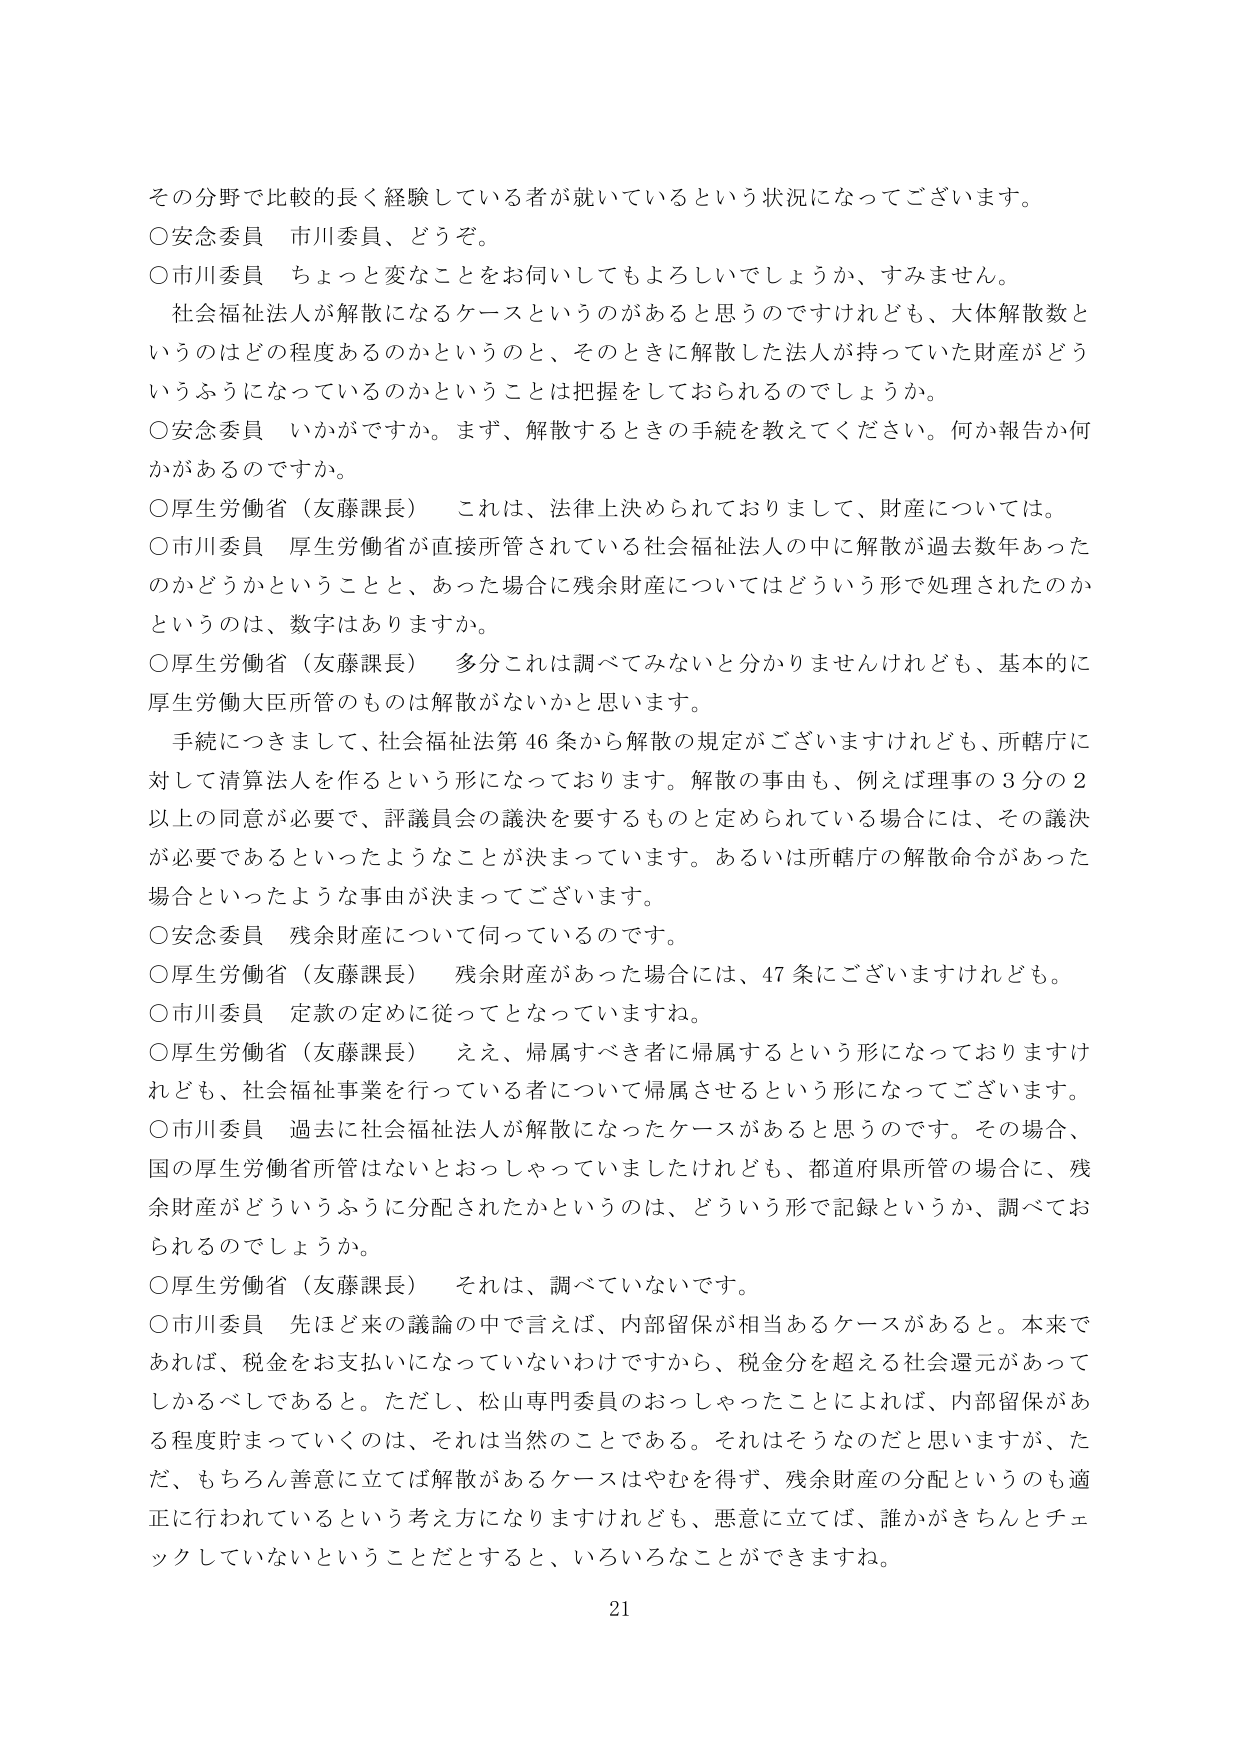
その分野で比較的長く経験している者が就いているという状況になってございます。

○安念委員　市川委員、どうぞ。

○市川委員　ちょっと変なことをお伺いしてもよろしいでしょうか、すみません。
　社会福祉法人が解散になるケースというのがあると思うのですけれども、大体解散数というのはどの程度あるのかというのと、そのときに解散した法人が持っていた財産がどういうふうになっているのかということは把握をしておられるのでしょうか。

○安念委員　いかがですか。まず、解散するときの手続を教えてください。何か報告か何かがあるのですか。

○厚生労働省（友藤課長）　これは、法律上決められておりまして、財産については。

○市川委員　厚生労働省が直接所管されている社会福祉法人の中に解散が過去数年あったのかどうかということと、あった場合に残余財産についてはどういう形で処理されたのかというのは、数字はありますか。

○厚生労働省（友藤課長）　多分これは調べてみないと分かりませんけれども、基本的に厚生労働大臣所管のものは解散がないかと思います。
　手続につきまして、社会福祉法第46条から解散の規定がございますけれども、所轄庁に対して清算法人を作るという形になっております。解散の事由も、例えば理事の3分の2以上の同意が必要で、評議員会の議決を要するものと定められている場合には、その議決が必要であるといったようなことが決まってございます。あるいは所轄庁の解散命令があった場合といったような事由が決まってございます。

○安念委員　残余財産について何っているのです。

○厚生労働省（友藤課長）　残余財産があった場合には、47条にございますけれども。

○市川委員　定款の定めに従ってとなっていますね。

○厚生労働省（友藤課長）　ええ、帰属すべき者に帰属するという形になっておりますけれども、社会福祉事業を行っている者について帰属させるという形になってございます。

○市川委員　過去に社会福祉法人が解散になったケースがあると思うのです。その場合、国の厚生労働省所管はないとおっしゃっていましたけれども、都道府県所管の場合に、残余財産がどういうふうに分配されたかというのは、どういう形で記録というか、調べておられるのでしょうか。

○厚生労働省（友藤課長）　それは、調べていないです。

○市川委員　先ほど来の議論の中で言えば、内部留保が相当あるケースがあると。本来であれば、税金をお支払いになっていないわけですから、税金分を超える社会還元があってしかるべきであると。ただし、松山専門委員のおっしゃったことによれば、内部留保がある程度貯まっていくのは、それは当然のことである。それはそうなのだと思いますが、ただ、もちろん善意に立てば解散があるケースはやむを得ず、残余財産の分配というのも適正に行われているという考え方になりますけれども、悪意に立てば、誰かがきちんとチェックしていないということだとすると、いろいろなことができますね。

21